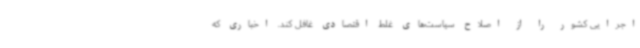
اجرایی کشور را از اصلاح سیاست‌های غلط اقتصادی غافل کند. اخباری که